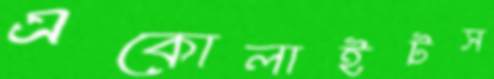
একোলাইটস